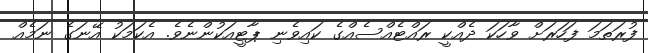
ފުރަތަމަ ފަހަރަށް ވާހަކަ ދެއްކީ ރައްޓެއްސެއްގެ ކައިވެނި ޕާޓީއަކުންނެވެ. އެކަމަކު އޭނަގެ ނަމެއް